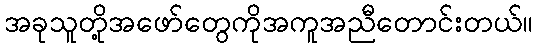
အခုသူတို့အဖော်တွေကိုအကူအညီတောင်းတယ်။